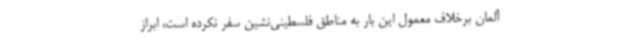
آلمان برخلاف معمول این بار به مناطق فلسطینی‌نشین سفر نکرده است، ابراز